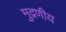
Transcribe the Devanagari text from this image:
मुद्रणीय